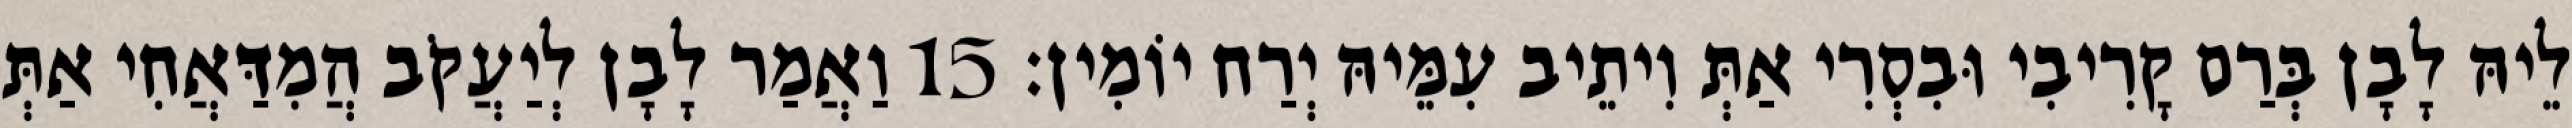
לֵיהּ לָבָן בְּרַם קָרִיבִי וּבִסְרִי אַתְּ וִיתֵיב עִמֵּיהּ יְרַח יוֹמִין׃ 15 וַאֲמַר לָבָן לְיַעֲקֹב הֲמִדַּאֲחִי אַתְּ